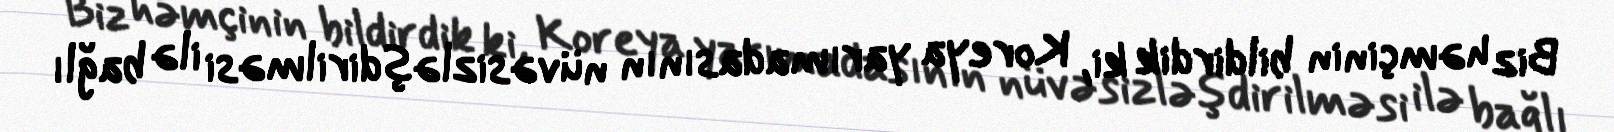
Biz həmçinin bildirdik ki, Koreya yarımadasının nüvəsizləşdirilməsi ilə bağlı